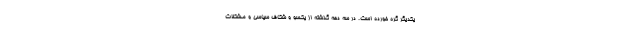
یکدیگر گره خورده است. در سه دهه گذشته از یکسو و شکاف سیاسی و مشکلات